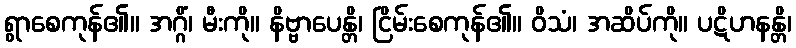
ရွာစေကုန်၏။ အဂ္ဂိံ၊ မီးကို။ နိဗ္ဗာပေန္တိ၊ ငြိမ်းစေကုန်၏။ ဝိသံ၊ အဆိပ်ကို။ ပဋိဟနန္တိ၊